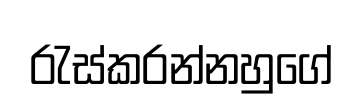
රැස්කරන්නහුගේ